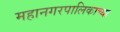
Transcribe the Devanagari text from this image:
महानगरपालिकाच्या